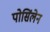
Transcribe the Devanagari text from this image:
पोसिंलेन